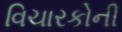
વિચારકોની